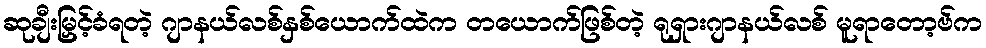
ဆုချီးမြှင့်ခံရတဲ့ ဂျာနယ်လစ်နှစ်ယောက်ထဲက တယောက်ဖြစ်တဲ့ ရုရှားဂျာနယ်လစ် မူရာတော့ဗ်က